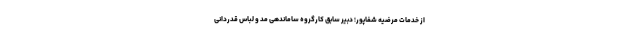
از خدمات مرضیه شفاپور؛ دبیر سابق کارگروه ساماندهی مد و لباس قدردانی